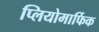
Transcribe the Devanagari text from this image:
प्लियोमार्फिक